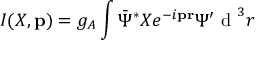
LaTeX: I ( X , { \mathbf p } ) = g _ { A } \int \bar { \Psi } ^ { \ast } X e ^ { - i { \mathbf p } { \mathbf r } } \Psi ^ { \prime } \textrm { d } ^ { 3 } r